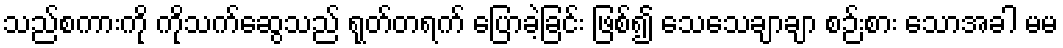
သည်စကားကို ကိုသက်ဆွေသည် ရုတ်တရက် ပြောခဲ့ခြင်း ဖြစ်၍ သေသေချာချာ စဉ်းစား သောအခါ မမ